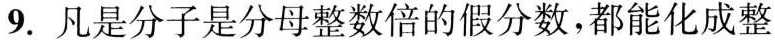
9.凡是分子是分母整数倍的假分数，都能化成整